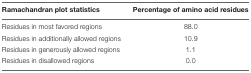
| Ramachandran plot statistics | Percentage of amino acid residues |
 | --- | --- |
 | Residues in most favored regions | 88.0 |
 | Residues in additionally allowed regions | 10.9 |
 | Residues in generously allowed regions | 1.1 |
 | Residues in disallowed regions | 0.0 |